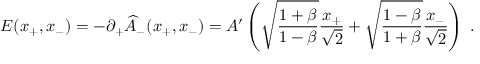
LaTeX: E ( x _ { + } , x _ { - } ) = - \partial _ { + } \widehat { A } _ { - } ( x _ { + } , x _ { - } ) = A ^ { \prime } \left( \sqrt { \frac { 1 + \beta } { 1 - \beta } } { \frac { x _ { + } } { \sqrt { 2 } } } + \sqrt { \frac { 1 - \beta } { 1 + \beta } } { \frac { x _ { - } } { \sqrt { 2 } } } \right) \; .